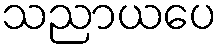
သညာယပေ